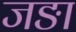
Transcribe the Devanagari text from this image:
जङा